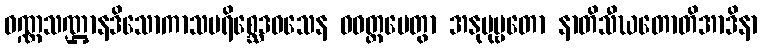
ဝဏ္ဏသဏ္ဌာနဒိသောကာသပရိစ္ဆေဒဝသေန ဝဝတ္ထပေတွာ အနုပုဗ္ဗတော နာတိသီဃတောတိအာဒိနာ